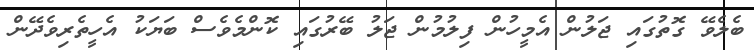
ބެލެވޭ ގޮތުގައި ޖަލުން އެމީހުން ފިލުމުން ޖަލު ބޭރުގައި ކޮންމެވެސް ބަޔަކު އެހީތެރިވެދޭން